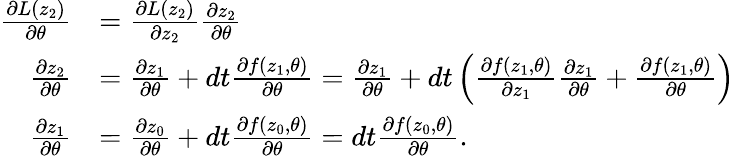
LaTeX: \begin{array}{rl}{\frac{\partial L(z_{2})}{\partial\theta}}&{=\frac{\partial L(z_{2})}{\partial z_{2}}\frac{\partial z_{2}}{\partial\theta}}\\ {\frac{\partial z_{2}}{\partial\theta}}&{=\frac{\partial z_{1}}{\partial\theta}+dt\frac{\partial f(z_{1},\theta)}{\partial\theta}=\frac{\partial z_{1}}{\partial\theta}+dt\left(\frac{\partial f(z_{1},\theta)}{\partial z_{1}}\frac{\partial z_{1}}{\partial\theta}+\frac{\partial f(z_{1},\theta)}{\partial\theta}\right)}\\ {\frac{\partial z_{1}}{\partial\theta}}&{=\frac{\partial z_{0}}{\partial\theta}+dt\frac{\partial f(z_{0},\theta)}{\partial\theta}=dt\frac{\partial f(z_{0},\theta)}{\partial\theta}.}\end{array}